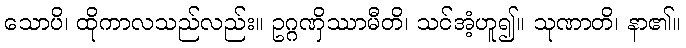
သောပိ၊ ထိုကာလသည်လည်း။ ဥဂ္ဂဏှိဿာမီတိ၊ သင်အံ့ဟူ၍။ သုဏာတိ၊ နာ၏။